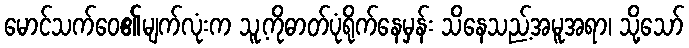
မောင်သက်ဝေ၏မျက်လုံးက သူ့ကိုဓာတ်ပုံရိုက်နေမှန်း သိနေသည့်အမူအရာ၊ သို့သော်